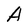
Character: A